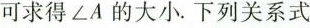
可求得\angle A的大小.-下列关系式